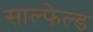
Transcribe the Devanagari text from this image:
साल्फेल्ड